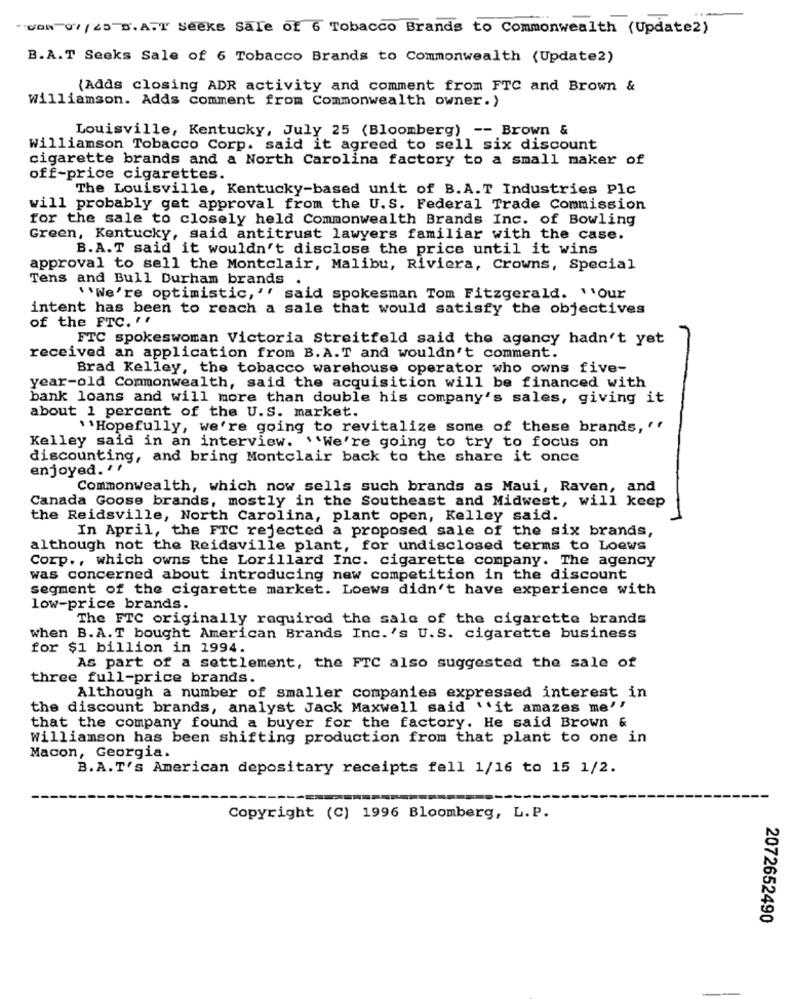
WON 07/25 B.A.T Seeks Sale of 6 Tobacco Brands to Commonwealth (Update2)
B.A.T Seeks Sale of 6 Tobacco Brands to Commonwealth (Update2)
(Adds closing ADR activity and comment from FTC and Brown &
williamson. Adds comment from Commonwealth owner.)
Louisville, Kentucky, July 25 (Bloomberg) -- Brown &
Williamson Tobacco Corp. said it agreed to sell six discount
cigarette brands and a North Carolina factory to a small maker of
off-price cigarettes.
The Louisville, Kentucky-based unit of B.A.T Industries Plc
will probably get approval from the U.S. Federal Trade Commission
for the sale to closely held Commonwealth Brands Inc. of Bowling
Green, Kentucky, said antitrust lawyers familiar with the case.
B.A.T said it wouldn't disclose the price until it wins
approval to sell the Montclair, Malibu, Riviera, Crowns, Special
Tens and Bull Durham brands .
"We're optimistic, '' said spokesman Tom Fitzgerald. "Our
intent has been to reach a sale that would satisfy the objectives
of the FTC. ' '
FTC spokeswoman Victoria Streitfeld said the agency hadn't yet
received an application from B.A.T and wouldn't comment.
Brad Kelley, the tobacco warehouse operator who owns five-
year-old Commonwealth, said the acquisition will be financed with
bank loans and will more than double his company's sales, giving it
about 1 percent of the U.S. market.
``Hopefully, we're going to revitalize some of these brands, ''
Kelley said in an interview. ""We're going to try to focus on
discounting, and bring Montclair back to the share it once
enjoyed. ++
Commonwealth, which now sells such brands as Maui, Raven, and
Canada Goose brands, mostly in the Southeast and Midwest, will keep
the Reidsville, North Carolina, plant open, Kelley said.
In April, the FTC rejected a proposed sale of the six brands,
although not the Reidsville plant, for undisclosed terms to Loews
Corp ., which owns the Lorillard Inc. cigarette company. The agency
was concerned about introducing new competition in the discount
segment of the cigarette market. Loews didn't have experience with
low-price brands.
The FTC originally required the sale of the cigarette brands
when B.A.T bought American Brands Inc. 's U.S. cigarette business
for $1 billion in 1994.
As part of a settlement, the FTC also suggested the sale of
three full-price brands.
Although a number of smaller companies expressed interest in
the discount brands, analyst Jack Maxwell said ''it amazes me''
that the company found a buyer for the factory. He said Brown &
Williamson has been shifting production from that plant to one in
Macon, Georgia.
B.A.T's American depositary receipts fell 1/16 to 15 1/2.
Copyright (C) 1996 Bloomberg, L.P.
2072652490